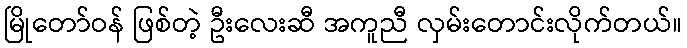
မြိုတော်ဝန် ဖြစ်တဲ့ ဦးလေးဆီ အကူညီ လှမ်းတောင်းလိုက်တယ်။